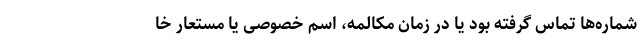
شماره‌ها تماس گرفته بود یا در زمان مکالمه، اسم خصوصی یا مستعار خا